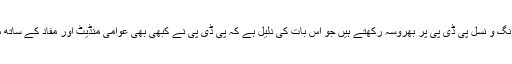
انہوں نے کہا کہ لوگ بلالحاظ رنگ و نسل پی ڈی پی پر بھروسہ رکھتے ہیں جو اس بات کی دلیل ہے کہ پی ڈی پی نے کبھی بھی عوامی منڈیٹ اور مفاد کے ساتھ مصلحت پسندی سے کام نہیں لیا۔